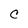
Character: c